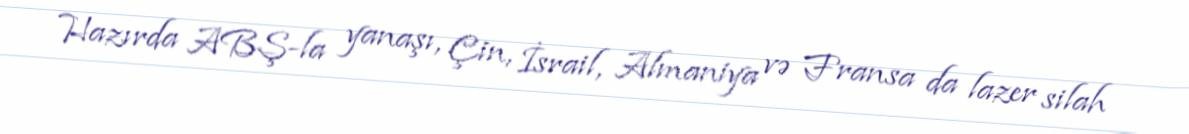
Hazırda ABŞ-la yanaşı, Çin, İsrail, Almaniya və Fransa da lazer silah